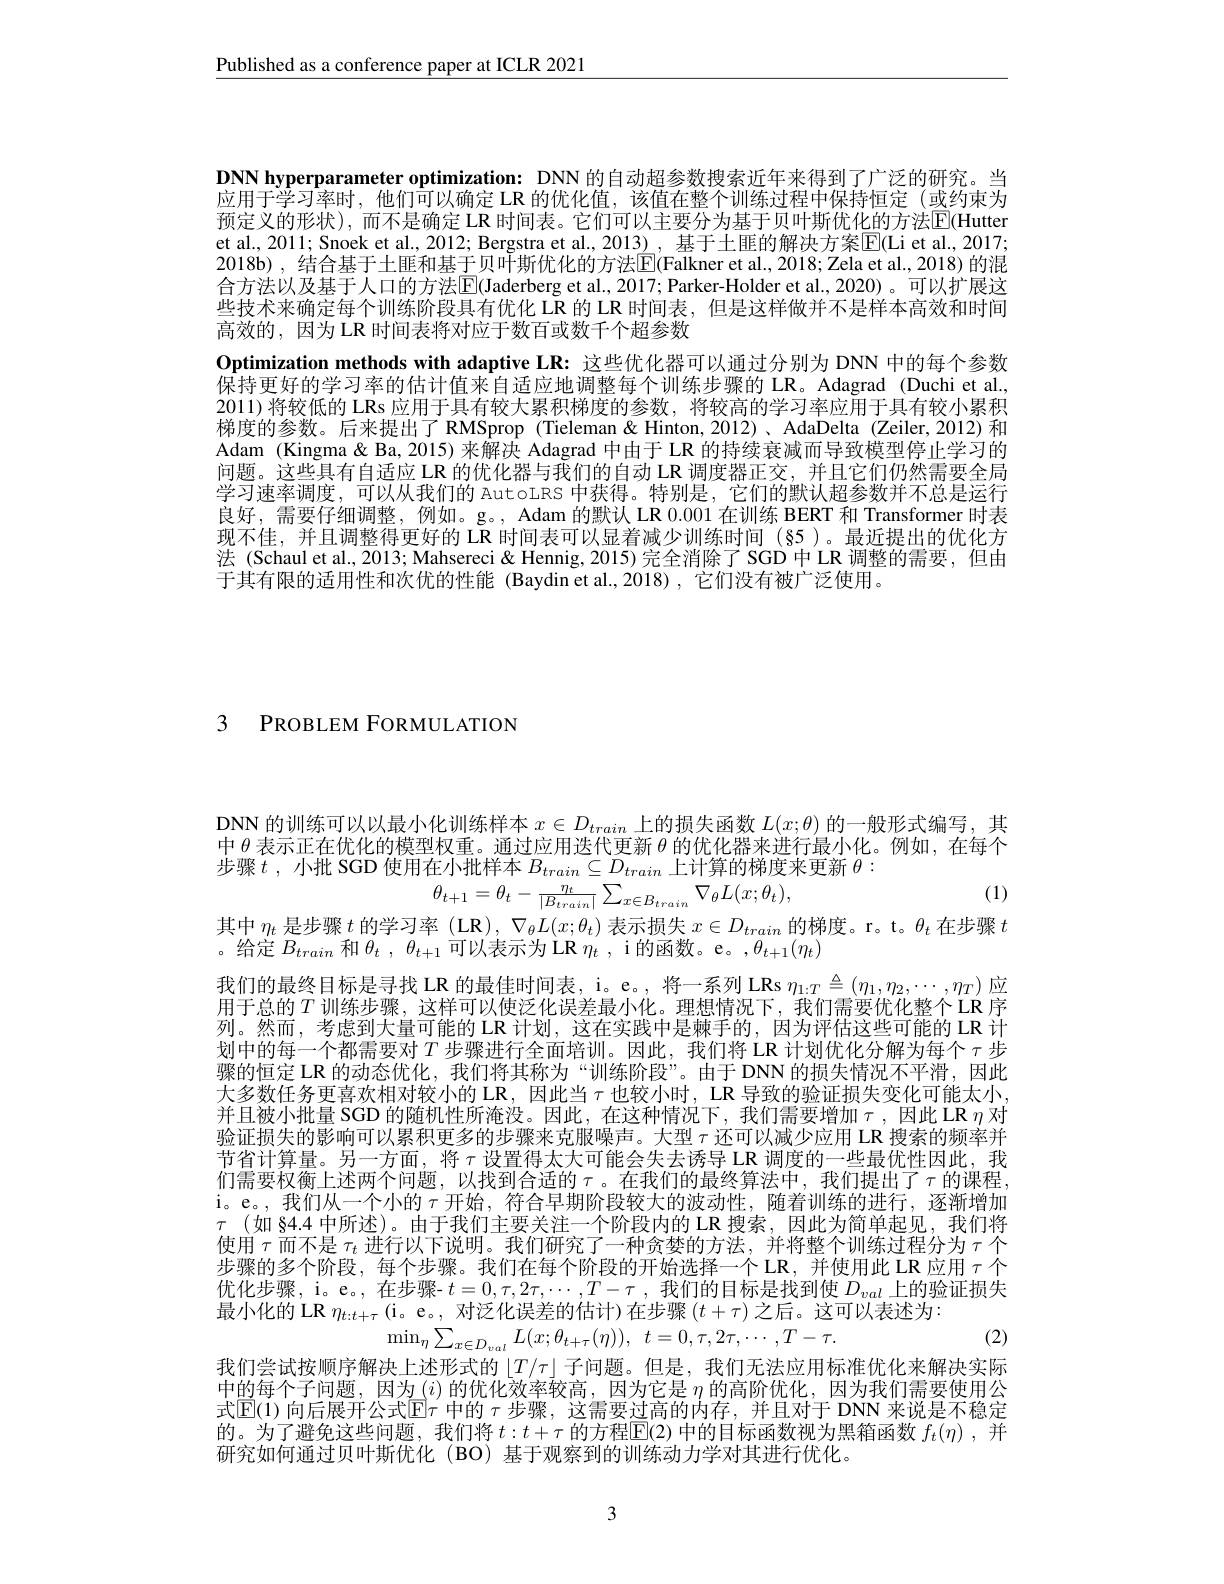
$\underline{\text{Published as a conference paper at ICLR 2021}}$

DNN hyperparameter optimization: DNN 的自动超参数搜索近年来得到了广泛的研究。当应用于学习率时，他们可以确定 LR 的优化值，该值在整个训练过程中保持恒定(或约束为预定义的形状),而不是确定 LR 时间表。它们可以主要分为基于贝叶斯优化的方法E(Hutter et al, 2011; Snoek et al., 2012; Bergstra et al., 2013) , 基于土匪的解决方案$\boxed{\mathrm{E}}($Li et al., 2017; 2018b) , 结合基于土匪和基于贝叶斯优化的方法$\boxed{\mathrm{F}}($Falkner et al.,2018;Zela et al.,2018) 的混合方法以及基于人口的方法$\boxed{\mathrm{E}}($Jaderberg et al., 2017; Parker-Holder et al., 2020)。可以扩展这些技术来确定每个训练阶段具有优化 LR 的 LR 时间表，但是这样做并不是样本高效和时间高效的，因为 LR 时间表将对应于数百或数千个超参数
Optimization methods with adaptive LR: 这些优化器可以通过分别为 DNN 中的每个参数保持更好的学习率的估计值来自适应地调整每个训练步骤的 LR。Adagrad (Duchi et al., 2011)将较低的 LRs 应用于具有较大累积梯度的参数，将较高的学习率应用于具有较小累积梯度的参数。后来提出了 RMSprop (Tieleman& Hinton, 2012)、 AdaDelta (Zeiler, 2012) 和Adam (Kingma & Ba, 2015) 来解决 Adagrad 中由于 LR 的持续衰减而导致模型停止学习的问题。这些具有自适应 LR 的优化器与我们的自动 LR 调度器正交，并且它们仍然需要全局学习速率调度，可以从我们的 AutoLRS 中获得。特别是，它们的默认超参数并不总是运行良好，需要仔细调整，例如。g。, Adam 的默认 LR 0.001 在训练 BERT 和 Transformer 时表现不佳，并且调整得更好的 LR 时间表可以显着减少训练时间(85)。最近提出的优化方法 (Schaul et al., 2013; Mahsereci & Hennig, 2015) 完全消除了 SGD 中 LR 调整的需要，但由于其有限的适用性和次优的性能 (Baydin et al.,2018),它们没有被广泛使用。

3 PROBLEM FORMULATION

DNN 的训练可以以最小化训练样本$x\in D_train$上的损失函数$L(x;\theta)$的一般形式编写，其中$\theta$表示正在优化的模型权重。通过应用迭代更新$\theta$的优化器来进行最小化。例如，在每个步骤$t$ ,小批 SGD 使用在小批样本$B_train\subseteq D_{train}$上计算的梯度来更新$\theta:$
$$\theta_{t+1}=\theta_t-\frac{\eta_t}{|B_{train}|}\sum_{x\in B_{train}}\nabla_\theta L(x;\theta_t),$$
(1)

其中$\eta_t$是步骤$t$的学习率(LR), $\nabla_\theta L(x;\theta_t)$表示损失$x\in D_train$的梯度。r。t。$\theta_t$在步骤$t$
。给定$B_train$和$\theta _t$ , $\theta _{t+ 1}$可以表示为 LR $\eta _t$ , i 的函数。e。$,\theta_t+1(\eta_t)$
我们的最终目标是寻找 LR 的最佳时间表，i。e。, 将一系列 LRs $\eta_{1:T}\triangleq(\eta_1,\eta_2,\cdots,\eta_T)$应用于总的$T$训练步骤，这样可以使泛化误差最小化。理想情况下，我们需要优化整个LR 序列。然而，考虑到大量可能的 LR 计划，这在实践中是棘手的，因为评估这些可能的 LR 计划中的每一个都需要对$T$步骤进行全面培训。因此，我们将 LR 计划优化分解为每个 $\tau$ 步骤的恒定 LR 的动态优化，我们将其称为“训练阶段”。由于 DNN 的损失情况不平滑，因此大多数任务更喜欢相对较小的 LR,因此当$\tau$也较小时，LR 导致的验证损失变化可能太小， 并且被小批量 SGD 的随机性所淹没。因此，在这种情况下，我们需要增加$\tau$,因此 LR $\eta$ 对验证损失的影响可以累积更多的步骤来克服噪声。大型$\tau$还可以减少应用 LR 搜索的频率并节省计算量。另一方面，将$\tau$设置得太大可能会失去诱导 LR 调度的一些最优性因此，我们需要权衡上述两个问题，以找到合适的$\tau$。在我们的最终算法中，我们提出了$\tau$的课程， i。e。,我们从一个小的$\tau$开始，符合早期阶段较大的波动性，随着训练的进行，逐渐增加$\tau$ (如 §4.4 中所述)。由于我们主要关注一个阶段内的 LR 搜索，因此为简单起见，我们将使用$\tau$而不是$\tau_t$进行以下说明。我们研究了一种贪婪的方法，并将整个训练过程分为$\tau$个步骤的多个阶段，每个步骤。我们在每个阶段的开始选择一个 LR,并使用此 LR 应用$\tau$个优化步骤，i。e。,在步骤- $t=0,\tau,2\tau,\cdots,T-\tau$ ,我们的目标是找到使$D_val$上的验证损失最小化的 LR $\eta_t:t+\tau$ (i。e。, 对泛化误差的估计)在步骤$(t+\tau)$之后。这可以表述为：
(2)
$\operatorname* { min} _\eta \sum _{x\in D_{val}}L( x; \theta _{t+ \tau }( \eta ) ) $, $t= 0, \tau , 2\tau , \cdots , T- \tau .$
我们尝试按顺序解决上述形式的$\lfloor T/\tau\rfloor$子问题。但是，我们无法应用标准优化来解决实际中的母个千问题。因为(i) 的优化变率较品，因为它是$n$的品阶优化。因为我们需要使用公式$\operatorname{E}(1)$ 向后展开公式$\operatorname{E}\tau^\prime$中的 $\tau$ 步骤，这需要过高的内存，并且对于 DNN 来说是不稳定的。为了避免这些问题，我们将$t:t+\tau$的方程$\overline{\mathrm{E}}(2)$中的目标函数视为黑箱函数$f_t(\eta)$ ,并研究如何通过贝叶斯优化(BO)基于观察到的训练动力学对其进行优化。

3